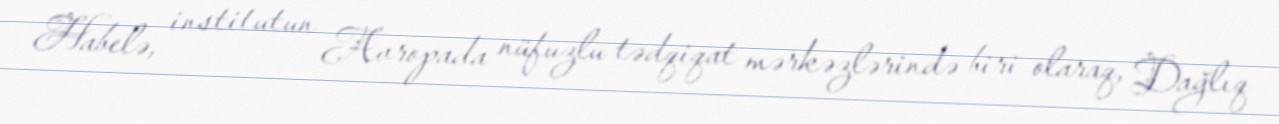
Habelə, institutun Avropada nüfuzlu tədqiqat mərkəzlərində biri olaraq, Dağlıq